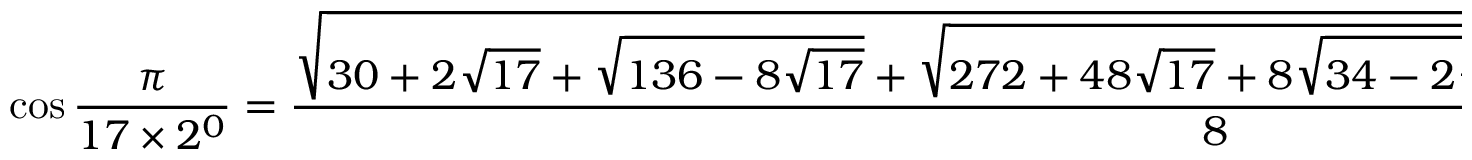
\cos { \frac { \pi } { 1 7 \times 2 ^ { 0 } } } = { \frac { \sqrt { 3 0 + 2 { \sqrt { 1 7 } } + { \sqrt { 1 3 6 - 8 { \sqrt { 1 7 } } } } + { \sqrt { 2 7 2 + 4 8 { \sqrt { 1 7 } } + 8 { \sqrt { 3 4 - 2 { \sqrt { 1 7 } } } } \times ( { \sqrt { 1 7 } } - 1 ) - 6 4 { \sqrt { 3 4 + 2 { \sqrt { 1 7 } } } } } } } } { 8 } } ;